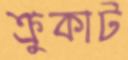
ক্রুকাট